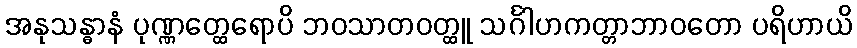
အနုသန္ဓာနံ ပုဏ္ဏတ္ထေရောပိ ဘဝသာတဝတ္ထူ သင်္ဂါဟကတ္တာဘာဝတော ပရိဟာယိ